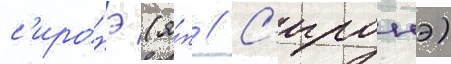
с'иронэ (я́п // С'иронэ)